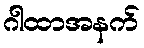
ဂါထာအနက်